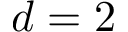
d = 2